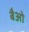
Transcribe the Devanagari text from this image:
बैओ